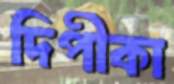
দিপীকা